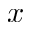
x